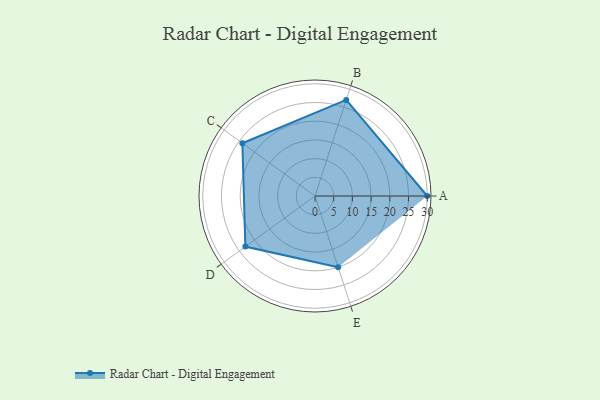
{"axis": {"x": "Skill", "y": "Score"}, "legend": ["Profile"], "data": [{"x": "A", "y": 30.0, "type": "Profile"}, {"x": "B", "y": 27.0, "type": "Profile"}, {"x": "C", "y": 24.0, "type": "Profile"}, {"x": "D", "y": 23.0, "type": "Profile"}, {"x": "E", "y": 20, "type": "Profile"}]}